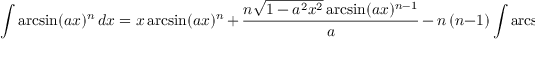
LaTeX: \int \arcsin ( a x ) ^ { n } \, d x = x \arcsin ( a x ) ^ { n } \, + \, { \frac { n { \sqrt { 1 - a ^ { 2 } x ^ { 2 } } } \arcsin ( a x ) ^ { n - 1 } } { a } } \, - \, n \, ( n - 1 ) \int \arcsin ( a x ) ^ { n - 2 } \, d x